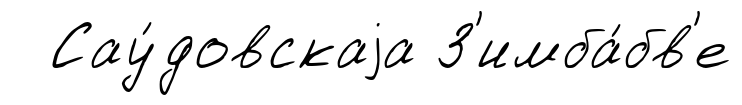
Сау́довскаjа З'имба́бв'е